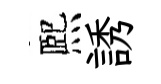
熈誘